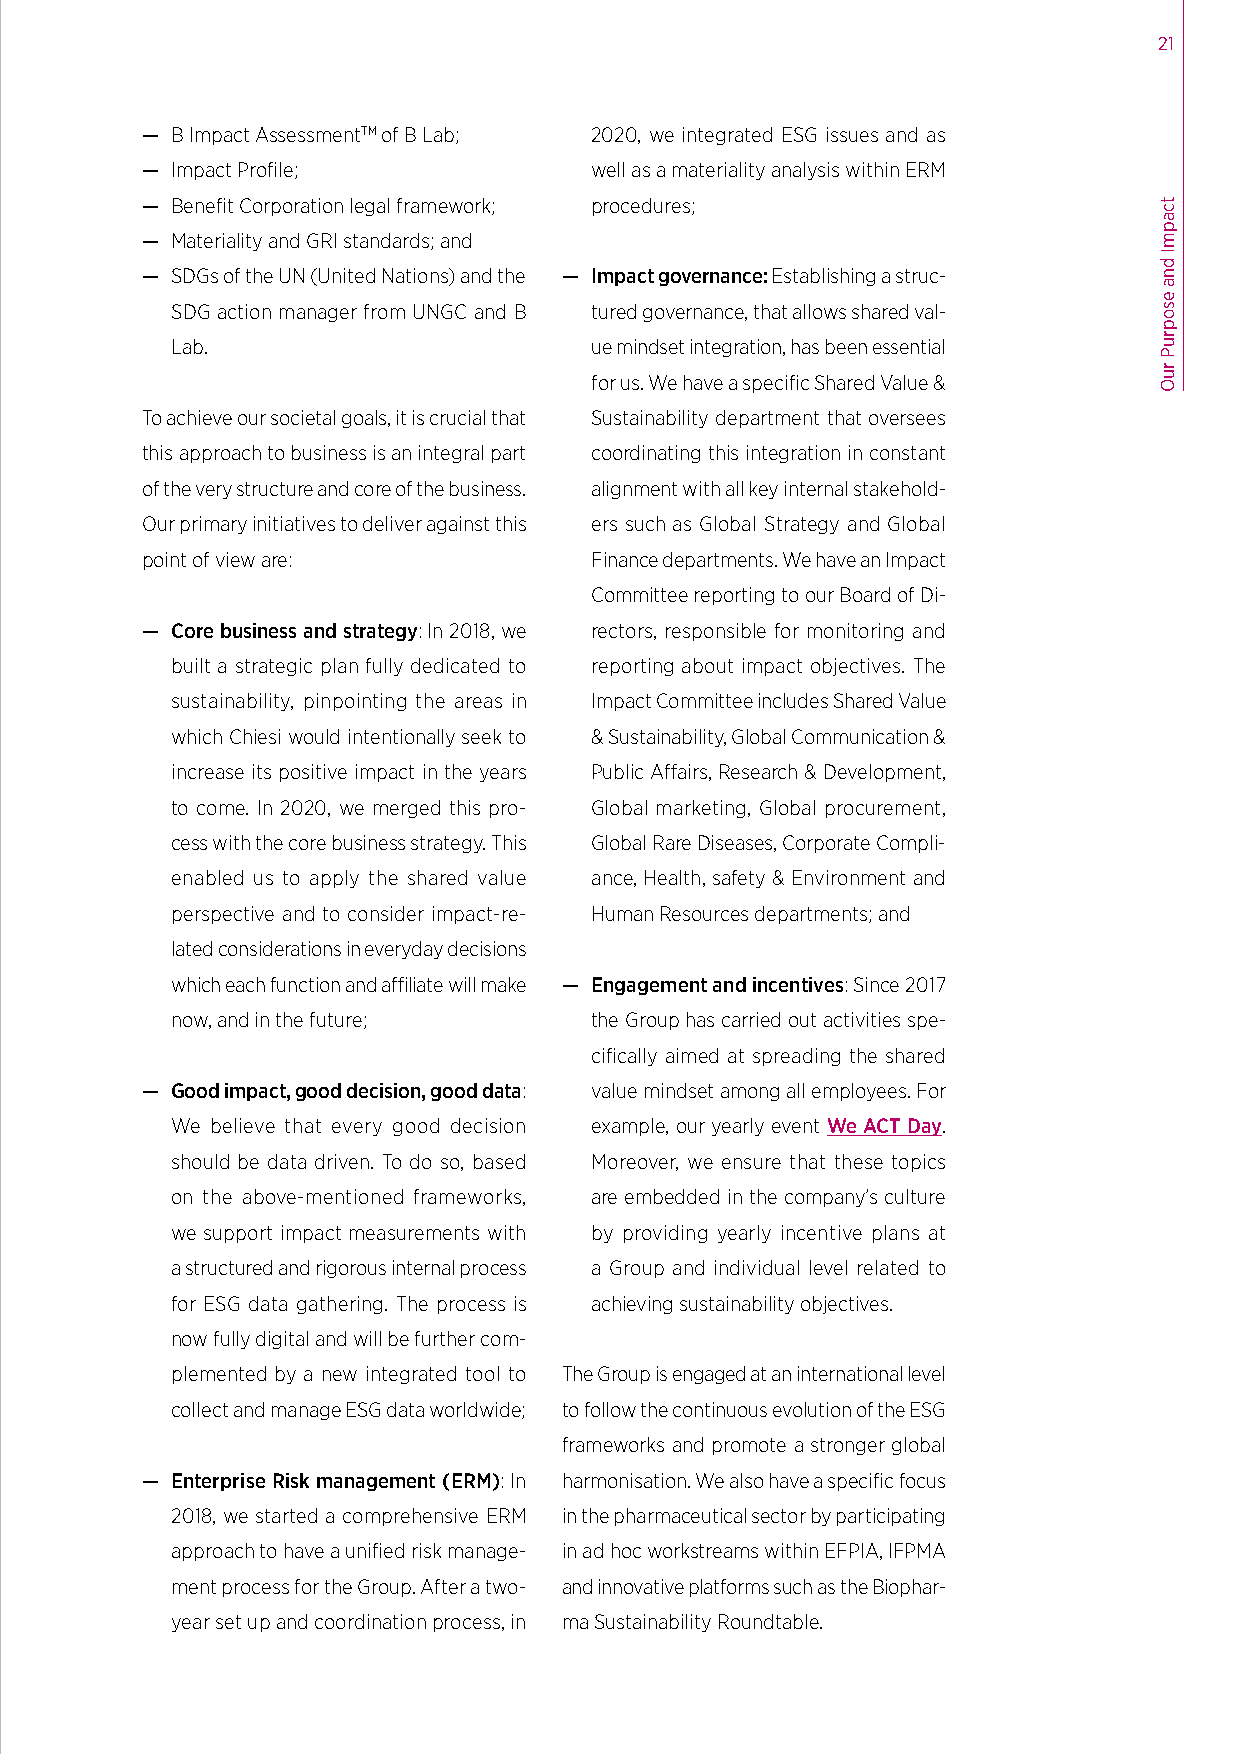
21
 — B Impact AssessmentTM of B Lab; 2020, we integrated ESG issues and as
 — Impact Profile;             well as a materiality analysis within ERM
 — Benefit Corporation legal framework; procedures;
 — Materiality and GRI standards; and
 — SDGs of the UN (United Nations) and the — Impact governance: Establishing a struc-
 SDG action manager from UNGC and B tured governance, that allows shared val-
 Lab.                        ue mindset integration, has been essential
 for us. We have a specific Shared Value &
 To achieve our societal goals, it is crucial that Sustainability department that oversees
 this approach to business is an integral part coordinating this integration in constant
 of the very structure and core of the business. alignment with all key internal stakehold-
 Our primary initiatives to deliver against this ers such as Global Strategy and Global
 point of view are:            Finance departments. We have an Impact
 Committee reporting to our Board of Di-
 — Core business and strategy: In 2018, we rectors, responsible for monitoring and
 built a strategic plan fully dedicated to reporting about impact objectives. The
 sustainability, pinpointing the areas in Impact Committee includes Shared Value
 which Chiesi would intentionally seek to & Sustainability, Global Communication &
 increase its positive impact in the years Public Affairs, Research & Development,
 to come. In 2020, we merged this pro- Global marketing, Global procurement,
 cess with the core business strategy. This Global Rare Diseases, Corporate Compli-
 enabled us to apply the shared value ance, Health, safety & Environment and
 perspective and to consider impact-re- Human Resources departments; and
 lated considerations in everyday decisions
 which each function and affiliate will make — Engagement and incentives: Since 2017
 now, and in the future;     the Group has carried out activities spe-
 cifically aimed at spreading the shared
 — Good impact, good decision, good data: value mindset among all employees. For
 We believe that every good decision example, our yearly event We ACT Day.
 should be data driven. To do so, based Moreover, we ensure that these topics
 on the above-mentioned frameworks, are embedded in the company’s culture
 we support impact measurements with by providing yearly incentive plans at
 a structured and rigorous internal process a Group and individual level related to
 for ESG data gathering. The process is achieving sustainability objectives.
 now fully digital and will be further com-
 plemented by a new integrated tool to The Group is engaged at an international level
 collect and manage ESG data worldwide; to follow the continuous evolution of the ESG
 frameworks and promote a stronger global
 — Enterprise Risk management (ERM): In harmonisation. We also have a specific focus
 2018, we started a comprehensive ERM in the pharmaceutical sector by participating
 approach to have a unified risk manage- in ad hoc workstreams within EFPIA, IFPMA
 ment process for the Group. After a two- and innovative platforms such as the Biophar-
 year set up and coordination process, in ma Sustainability Roundtable.
 tcapmI
 dna
 esopruP
 ruO